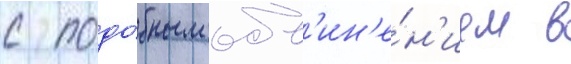
с подо́бным обв'ин'е́н'ием в